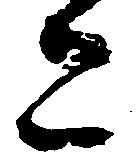
こ